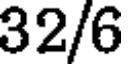
32/6